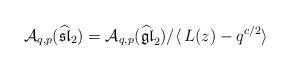
LaTeX: \begin{align*}\mathcal{A}_{q,p}(\mathfrak{\widehat{sl}}_{2}) = \mathcal{A}_{q,p}(\mathfrak{\widehat{gl}}_{2}) / \langle \,L(z) - q^{c/2} \rangle\end{align*}